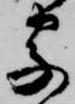
字